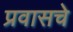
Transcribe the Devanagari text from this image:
प्रवासचे